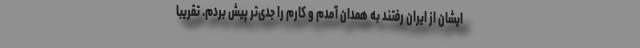
ایشان از ایران رفتند به همدان آمدم و کارم را جدی‌تر پیش بردم. تقریبا